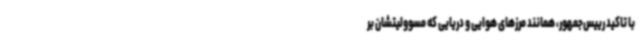
با تاکید رییس‌جمهور، همانند مرزهای هوایی و دریایی که مسوولیتشان بر